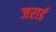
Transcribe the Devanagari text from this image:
जरार्ड